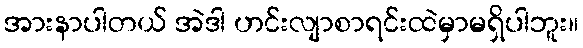
အားနာပါတယ် အဲဒါ ဟင်းလျာစာရင်းထဲမှာမရှိပါဘူး။